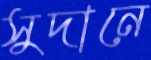
সুদানে